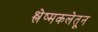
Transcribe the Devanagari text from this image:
श्लेष्मकलेतून